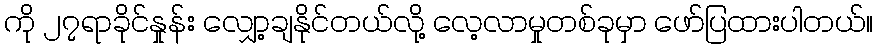
ကို ၂၇ရာခိုင်နှုန်း လျှော့ချနိုင်တယ်လို့ လေ့လာမှုတစ်ခုမှာ ဖော်ပြထားပါတယ်။